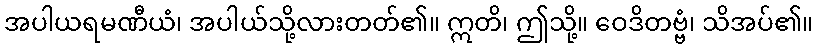
အပါယရမဏီယံ၊ အပါယ်သို့လားတတ်၏။ ဣတိ၊ ဤသို့။ ဝေဒိတဗ္ဗံ၊ သိအပ်၏။